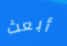
أبعث